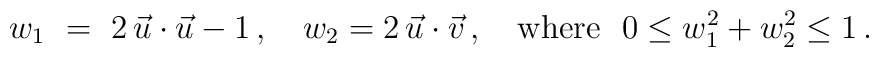
w_1 ~=~ 2 \, \vec u\cdot \vec u - 1   \,, \quad w_2 =  2 \, \vec u\cdot \vec v   \,,\quad {\rm where\ } \ 0 \le w_1^2 + w_2^2 \le 1\,.